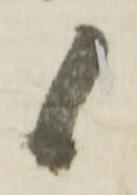
候